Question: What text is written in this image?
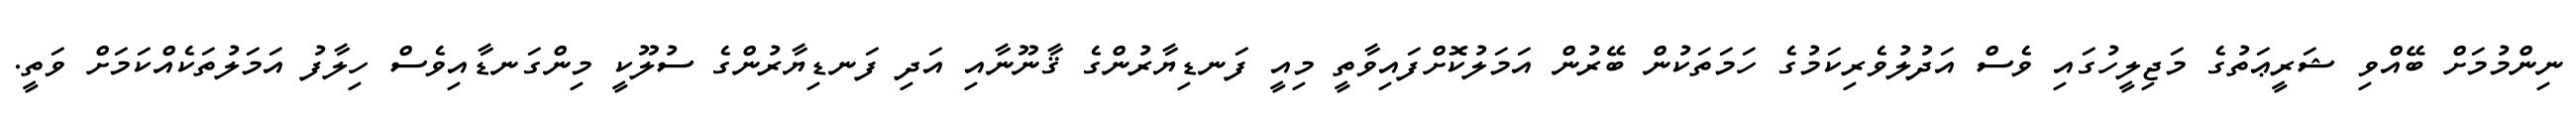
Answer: ނިންމުމަށް ބޭއްވި ޝަރީޢަތުގެ މަޖިލީހުގައި ވެސް އަދުލުވެރިކަމުގެ ހަމަތަކުން ބޭރުން އަމަލުކޮށްފައިވާތީ މިއީ ފަނޑިޔާރުންގެ ޤާނޫނާއި އަދި ފަނޑިޔާރުންގެ ސުލޫކީ މިންގަނޑާއިވެސް ހިލާފު އަމަލުތަކެއްކަމަށް ވަތީ.